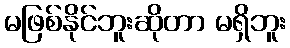
မဖြစ်နိုင်ဘူးဆိုတာ မရှိဘူး